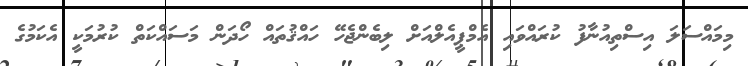
މިމައްސަލަ އިސްތިއުނާފު ކުރައްވައި އެމްޕީއެލްއަށް ލިބެންޖެހޭ ހައްޤުތައް ހޯދަން މަސައްކަތް ކުރުމަކީ އެކަމުގެ